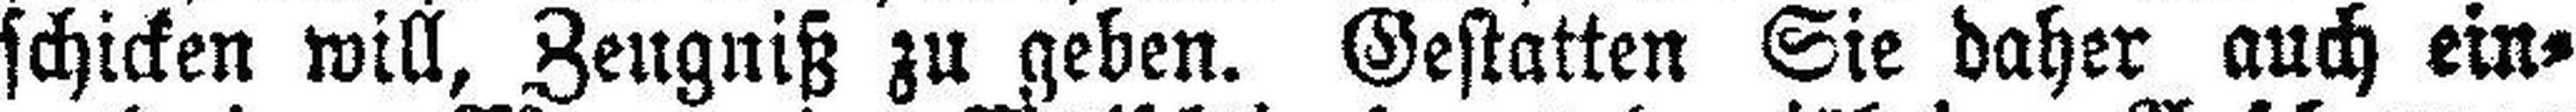
schicken will, Zeugniß zu geben. Gestatten Sie daher auch ein¬